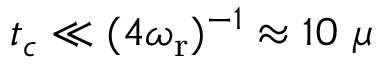
t _ { c } \ll ( 4 \omega _ { \mathrm { r } } ) ^ { - 1 } \approx 1 0 ~ \mu